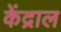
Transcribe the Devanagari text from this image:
केंद्राल